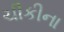
ચીકીના